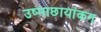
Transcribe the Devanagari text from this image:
उष्माछायांकन